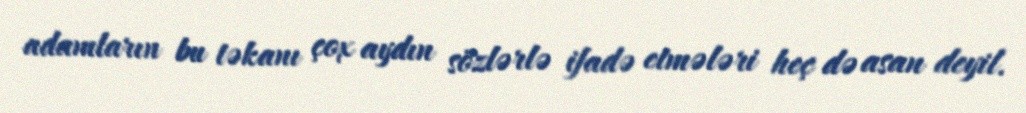
adamların bu təkanı çox aydın sözlərlə ifadə etmələri heç də asan deyil.